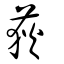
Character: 荻